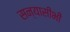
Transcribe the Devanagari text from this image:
सन्यासीभी